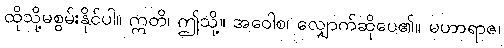
ထိုသို့မစွမ်းနိုင်ပါ။ ဣတိ၊ ဤသို့။ အဝေါစ၊ လျှောက်ဆိုပေ၏။ မဟာရာဇ၊